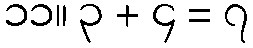
၁၁။ ၃ + ၄ = ၇